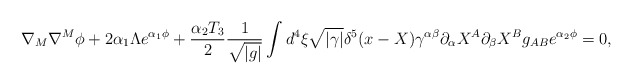
\begin{align*}\nabla_M \nabla^M \phi +2\alpha_1 \Lambda e^{\alpha_1\phi} +\frac{\alpha_2T_3}{2}\frac{1}{\sqrt{|g|}} \int d ^4 \xi \sqrt{|\gamma|}\delta^5(x-X) \gamma^{\alpha \beta}\partial_\alpha X^A\partial_\beta X^B g_{AB} e^{\alpha_2 \phi}=0,\end{align*}